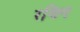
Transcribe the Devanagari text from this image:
रथिन